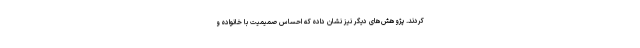
کردند. پژوهش‌های دیگر نیز نشان داده که احساس صمیمیت با خانواده و